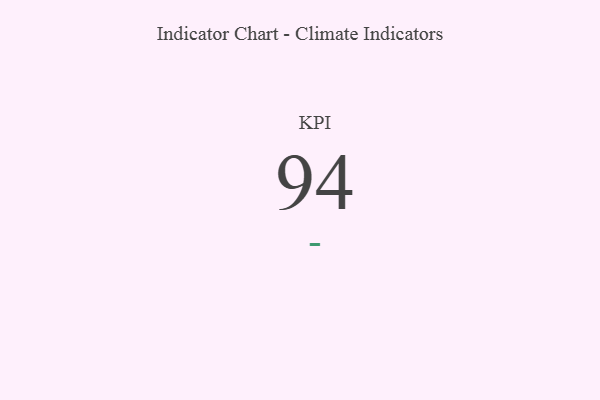
{"axis": {"x": "KPI", "y": "Value"}, "legend": [""], "data": [{"x": "KPI", "y": 94, "type": ""}]}